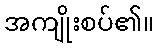
အကျိုးစပ်၏။